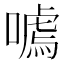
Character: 𭊰